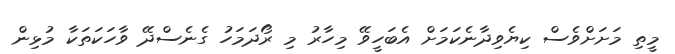
މީތި މަށަށްވެސް ކިޔެވިދާނެކަމަށް އެބަހީވޭ މިހާރު މި ރޯދަމަހު ގެނެސްދޭ ވާހަކަތަކާ މުޅިން